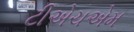
ટીએચએમ